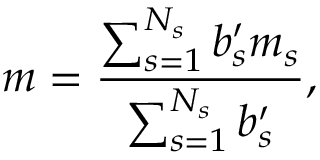
m = \frac { \sum _ { s = 1 } ^ { N _ { s } } { b _ { s } ^ { \prime } m _ { s } } } { \sum _ { s = 1 } ^ { N _ { s } } { b _ { s } ^ { \prime } } } ,